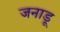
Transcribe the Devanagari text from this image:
जनाडू